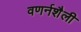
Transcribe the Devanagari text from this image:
वणर्नशैली